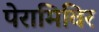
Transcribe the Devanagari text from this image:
पेरामिविर